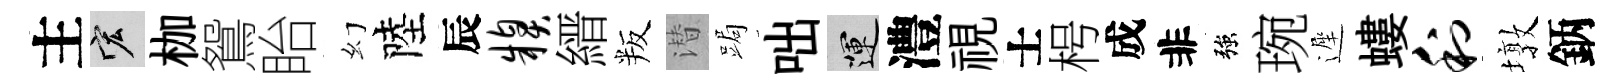
主宏枷鴛眙幻陸辰糗縉叛潜跼咄運澧視士枵成非強琬遲螻利墩鈵